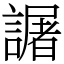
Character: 𧬅